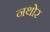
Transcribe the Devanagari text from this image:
नथोर